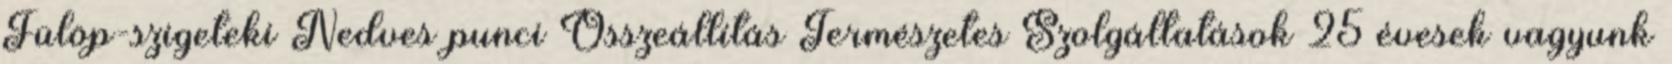
Fülöp-szigeteki Nedves punci Összeállítás Természetes Szolgáltatások 25 évesek vagyunk